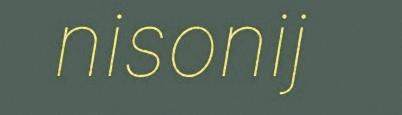
nisonij